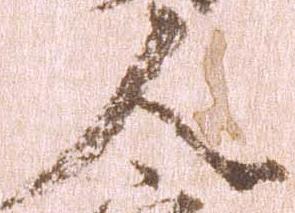
人